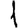
Digit: 1